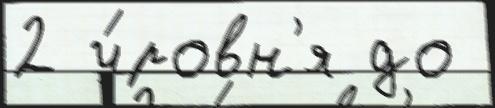
2 у́ровн'я до